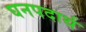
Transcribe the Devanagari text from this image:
घनपदार्थ